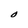
Character: O